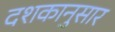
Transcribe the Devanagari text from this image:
दशकानुसार